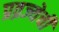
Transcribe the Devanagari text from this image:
प्रव्रज्येची